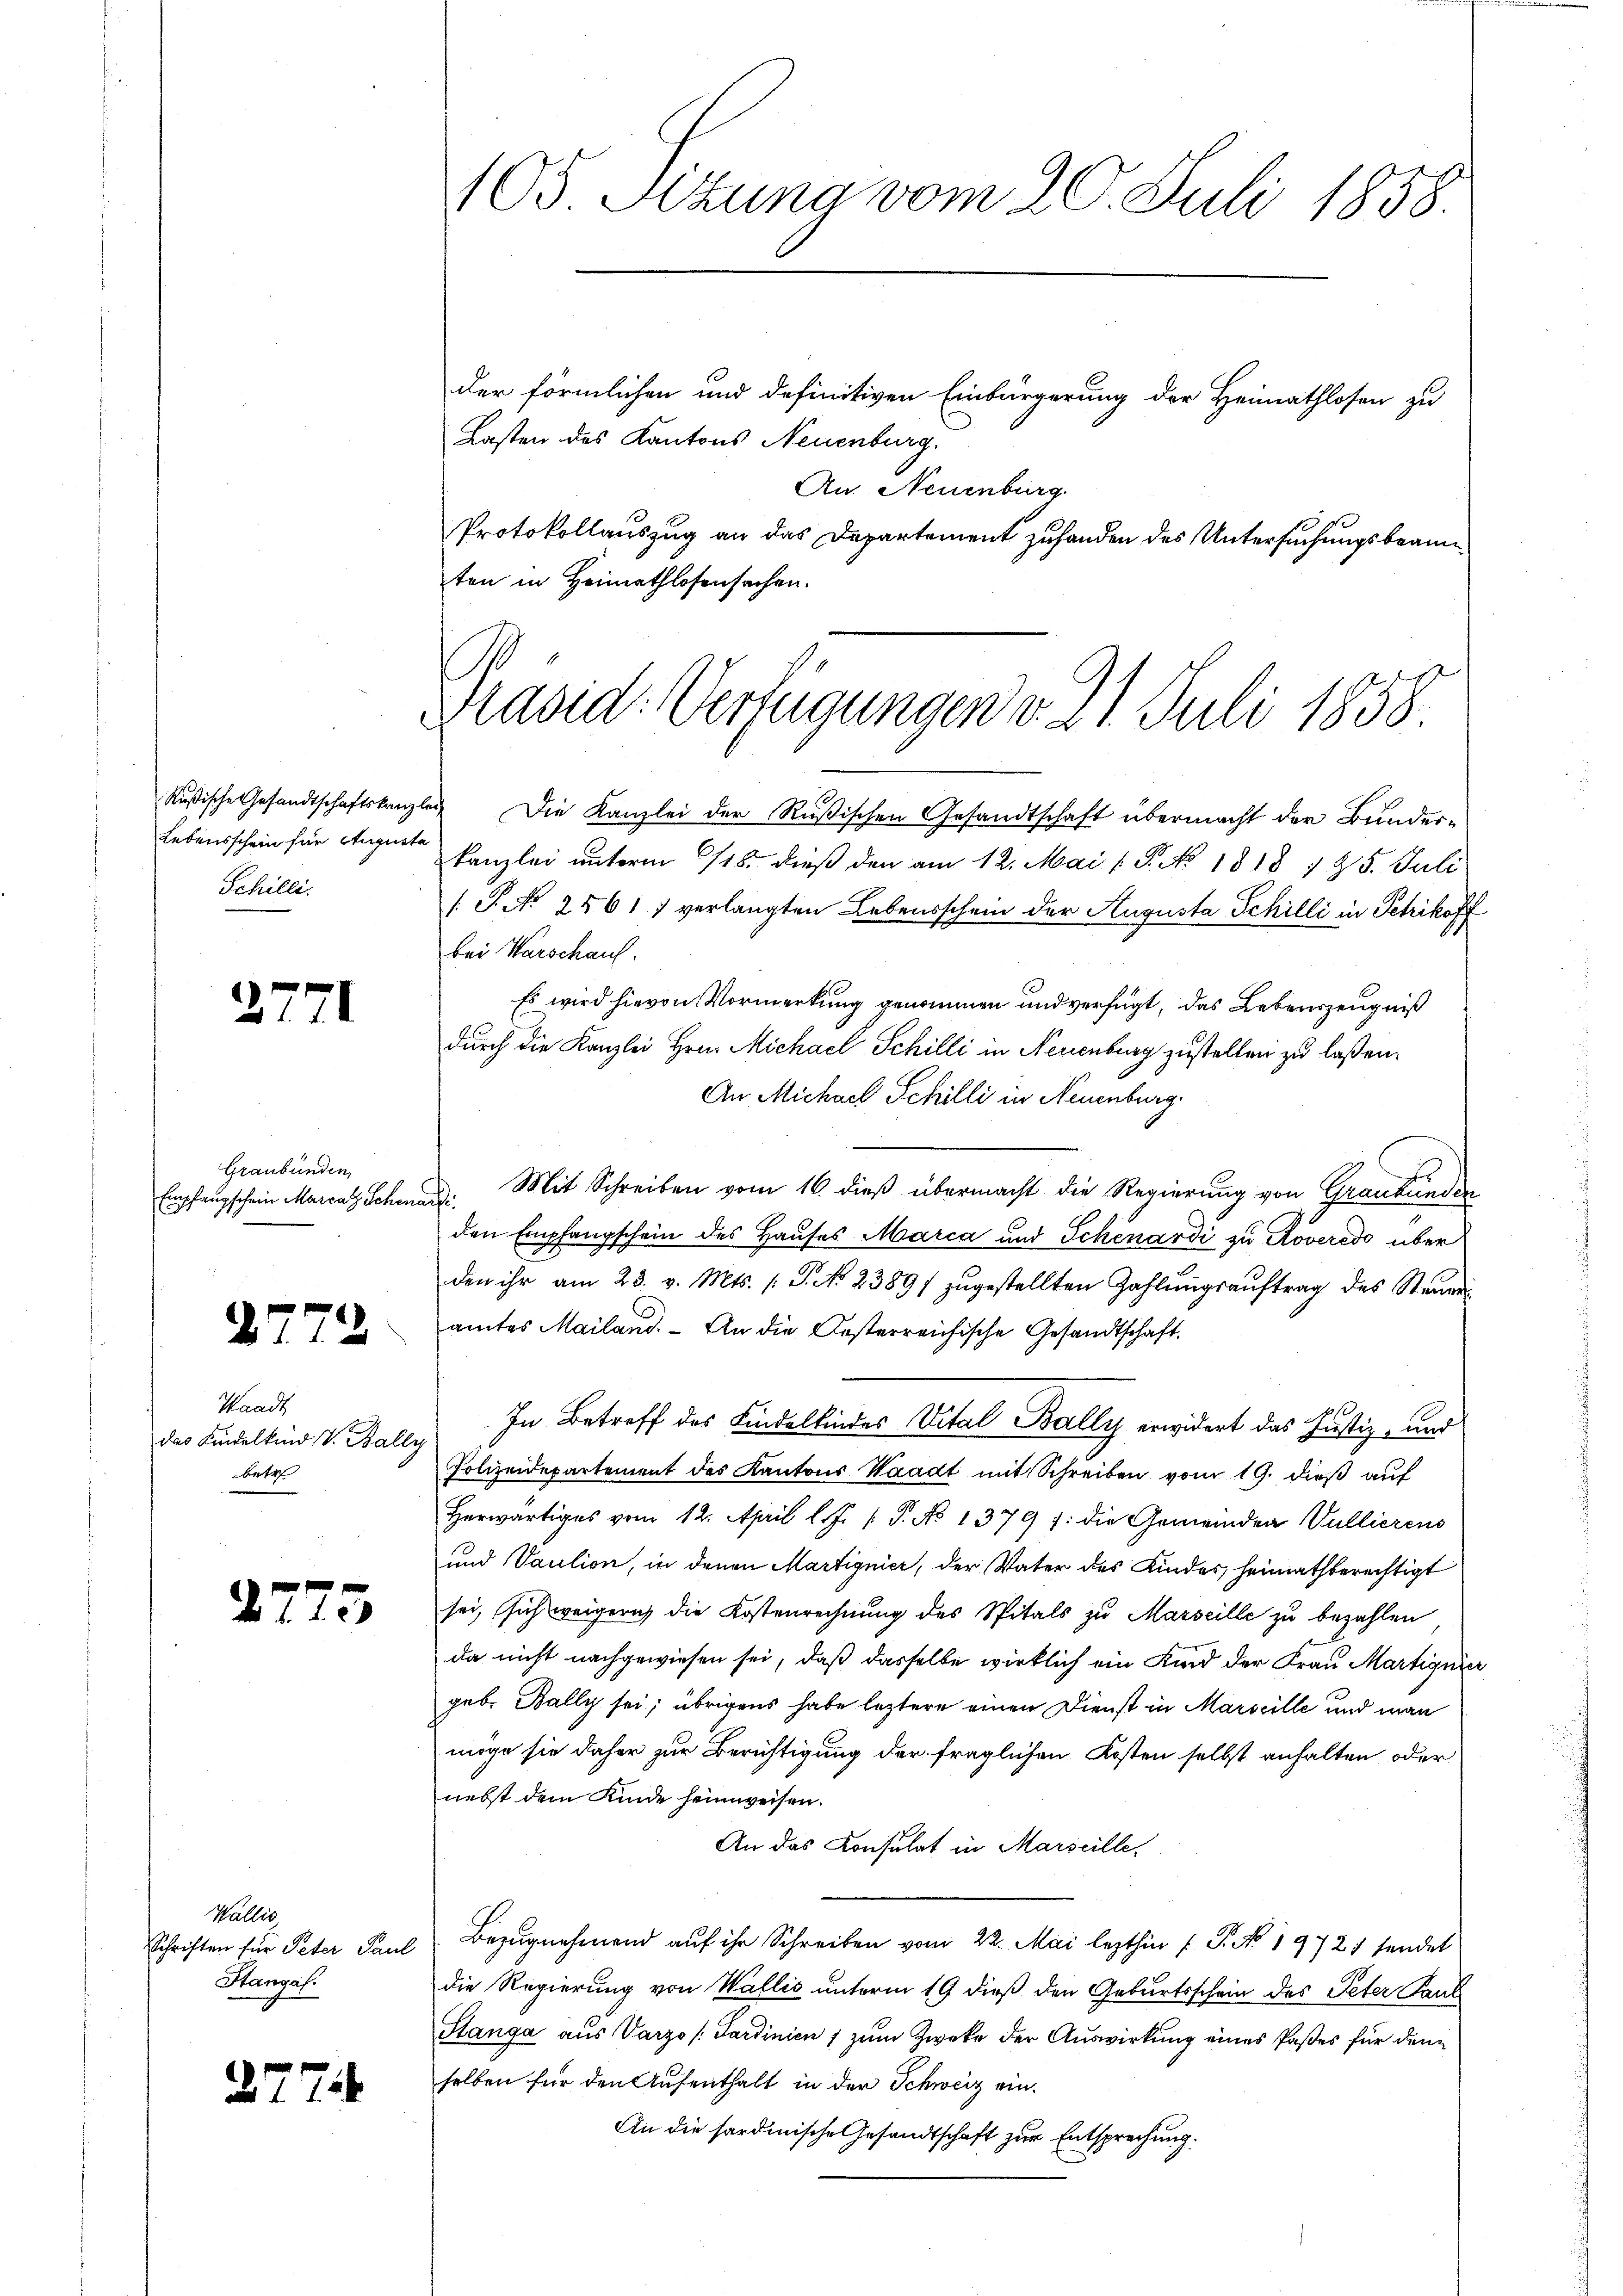
Rußische Gesandtschaftskanzle
Lebensschein für Augusta
Schilli.

27

Graubünden,
Empfangschein Marcat Schena

.
 11

Waadt
das Kindelkind V. Balle
betr

2775

Wallis
Schriften für Peter Paul
Htanzah

27

74

105 Sitzung vom 20. Juli 1858.
der förmlichen und definitiven Einbürgerung der Heimathlosen zu
Lasten des Kantons Neuenburg.
An. Neuenburg

Protokollauszug an das Departement zu handen des Untersuchungsbeanten in Heimathlosensachen.

Präsid. Verfügungen v. 21. Juli 1858.

Die Kanzlei der Rußischen Gesandtschaft übermacht der Bunderkanzlei unterm 18. dieß den am 12. Mai ( P. No. 1818. 725. Juli
/S. No 2561) verlangten Lebensschein der Augusta Schilli in Petrikoff
bei Warschaus.
Es wird hievon Vormerkung genommen und verfügt, das Lebenszeugniß
durch die Kanzlei Hrn. Michael Schilli in Neuenburg zustellen zu laßen.
An Michael Schilli in Neuenburg.
Mit Schreiben vom 16. dieß übermacht die Regierung von Graubünden
.
den Empfangschein des Hauses Marca und Schenardi zu Roveredo über
den ihr am 23. v. Mts. 1. P. NNo. 2389/ zŭgestellten Zahlŭngsaŭftrag des Steŭer
amtes Mailand. - An die Oesterreichische Gesandtschaft.
In Betreff des Kindelkindes Vital Bally erwidert das Justiz- und
Polizeidepartement des Kantons Waadt mit Schreiben vom 19. dieß auf
Herwärtiges vom 12. April l. J. P. No 1379 /: die Gemeinden Vullierens
und Vaution, in denen Martignier, der Vater des Kindes, heimathberechtigt
sei, sich weigern die Kostenrechnung des Spitals zu Marseille zu bezahlen
da nicht nachgewiesen sei, daß dasselbe wirklich ein Kind der Frau Martignier
geb. Bally sei; übrigens habe leztere einen Dienst in Marseille und man
möge sie daher zur Berichtigung der fraglichen Kosten selbst anhalten oder
nebst dem Kinde seinweisen.
An das Konsulat in Marseille.
Bezugnehmend auf ihr Schreiben vom 22. Mai lezthin ( P. No. 1972 sendet
die Regierung von Wallis unterm 19 dieß den Geburtsschein des Peter Paul
Stanga aus Varzo /:Sardinien 1 zum Zwecke der Auswirkung eines Paßes für den
selben für den Aufenthalt in der Schweiz ein¬
An die sardinische Gesandtschaft zur Entsprechung.